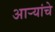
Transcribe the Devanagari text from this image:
आर्‍यांचे